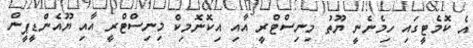
އެ ކޮމެޓީގައި ހިމެނެނީ ޔޫތު މިނިސްޓްރީ އާއި އިކޮނޮމިކް މިނިސްޓްރީ އާއި ޔޫއެންޑީޕީން